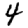
Digit: 4